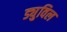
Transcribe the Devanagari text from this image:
ड्युविल